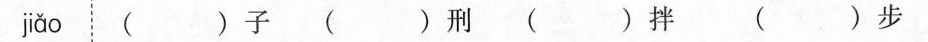
jǎo │()子()刑()拌 ()步